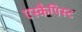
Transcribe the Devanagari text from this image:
एस्कैपिस्ट